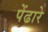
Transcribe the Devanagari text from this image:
पेंढारे